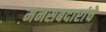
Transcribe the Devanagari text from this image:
मनसबदारांचे